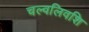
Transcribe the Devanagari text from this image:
चल्वलिवशि